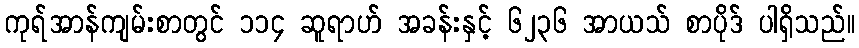
ကုရ်အာန်ကျမ်းစာတွင် ၁၁၄ ဆူရာဟ် အခန်းနှင့် ၆၂၃၆ အာယသ် စာပိုဒ် ပါရှိသည်။